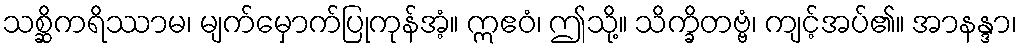
သစ္ဆိကရိဿာမ၊ မျက်မှောက်ပြုကုန်အံ့။ ဣဧဝံ၊ ဤသို့။ သိက္ခိတဗ္ဗံ၊ ကျင့်အပ်၏။ အာနန္ဒာ၊